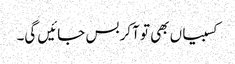
کسبیاں بھی تو آکر بس جائیں گی۔